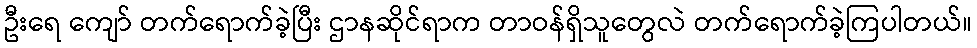
ဦးရေ ကျော် တက်ရောက်ခဲ့ပြီး ဌာနဆိုင်ရာက တာဝန်ရှိသူတွေလဲ တက်ရောက်ခဲ့ကြပါတယ်။